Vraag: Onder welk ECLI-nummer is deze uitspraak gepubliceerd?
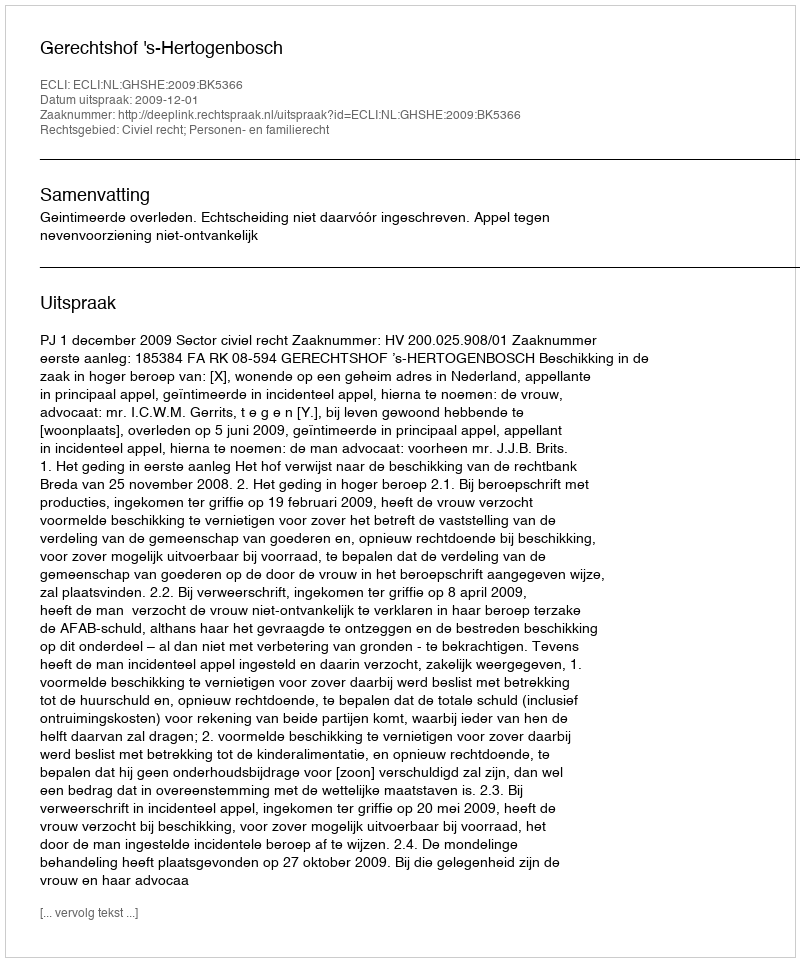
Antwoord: ECLI:NL:GHSHE:2009:BK5366